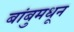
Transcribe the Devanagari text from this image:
बांबुमधून